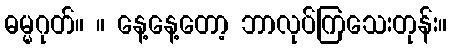
ဓမ္မဂုတ်။ ။ နေ့နေ့တော့ ဘာလုပ်ကြသေးတုန်း။